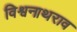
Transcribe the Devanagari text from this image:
विश्वनाथराव